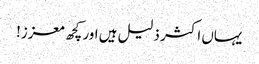
یہاں اکثر ذلیل ہیں اور کچھ معزز!